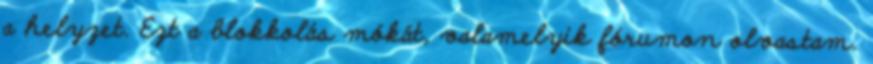
a helyzet. Ezt a blokkolás mókát, valamelyik fórumon olvastam.